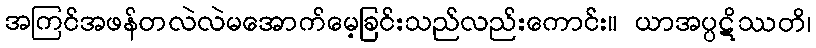
အကြင်အဖန်တလဲလဲမအောက်မေ့ခြင်းသည်လည်းကောင်း။ ယာအပ္ပဋိဿတိ၊